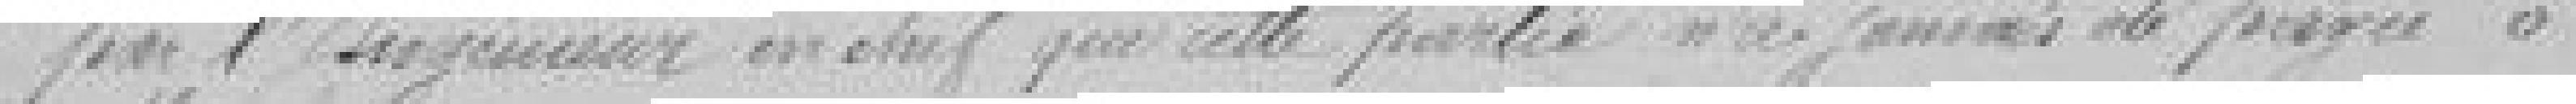
par l'ingénieur en chef que cette partie n'a jamais été payée à